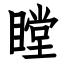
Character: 瞠